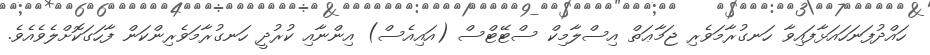
ހައްދުފަނަހައަޅާފައިވާ ހަނގުރާމަވެރި ޖަމާޢަތް އިސްލާމިކް ސްޓޭޓްސް (އައިއެސް) އިންނާއި ކުރުދީ ހަނގުރާމަވެރިންކަން ފާހަގަކޮށްލެވެއެވެ.